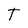
Character: t